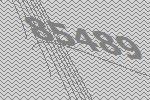
85489